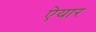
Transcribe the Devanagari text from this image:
ऐयार